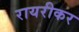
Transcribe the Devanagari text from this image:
रायरीकर